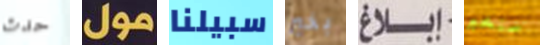
حدث مول سبيلنا بخير إبلاغ سنخبر